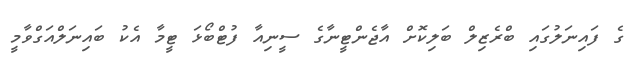
ގެ ފައިނަލުގައި ބްރެޒިލް ބަލިކޮށް އާޖެންޓީނާގެ ސީނިއާ ފުޓްބޯޅަ ޓީމާ އެކު ބައިނަލްއަގްވާމީ